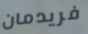
فريدمان